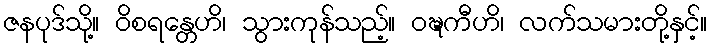
ဇနပုဒ်သို့။ ဝိစရန္တေဟိ၊ သွားကုန်သည့်။ ဝဍ္ဎကီဟိ၊ လက်သမားတို့နှင့်။